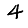
Digit: 4